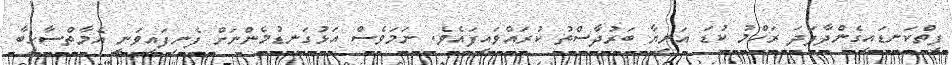
ފިތްކަނޑައިގެންދާފަދަ ރަހްމު ކުޑަ އަނިޔާ ބަރުދާސްތު ކުރައްވައިފައެވެ. ނަމަވެސް އަޅުގަނޑުމެންނަށް ފެނިފައިވަނީ އެމާތްސާހިބާ